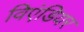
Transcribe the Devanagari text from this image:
विएंडियर